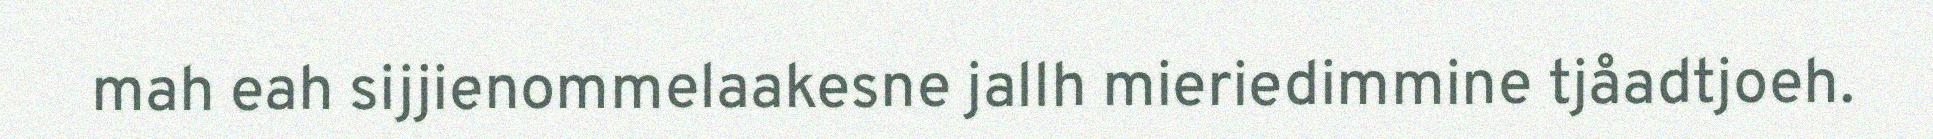
mah eah sijjienommelaakesne jallh mieriedimmine tjåadtjoeh.